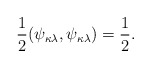
\begin{align*}\frac{1}{2}(\psi_{\kappa\lambda},\psi_{\kappa\lambda}) = \frac{1}{2}.\end{align*}